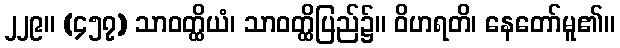
၂၂၉။ (၄၅၇) သာဝတ္ထိယံ၊ သာဝတ္ထိပြည်၌။ ဝိဟရတိ၊ နေတော်မူ၏။